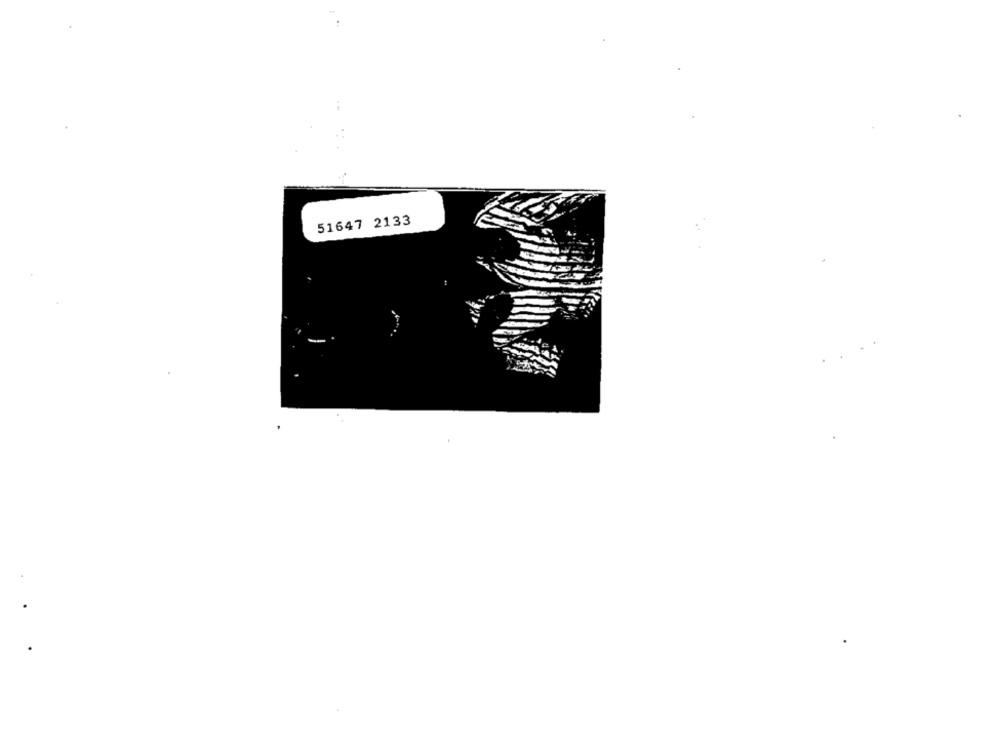
51647 2133